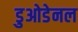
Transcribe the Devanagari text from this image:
डुओडेनल